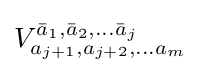
V_{a_{j+1},a_{j+2},\ldots a_{m}}^{{\bar {a}}_{1},{\bar {a}}_{2},\ldots {\bar {a}}_{j}}